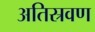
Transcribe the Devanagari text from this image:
अतिस्रवण